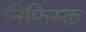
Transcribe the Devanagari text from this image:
निफिस्क